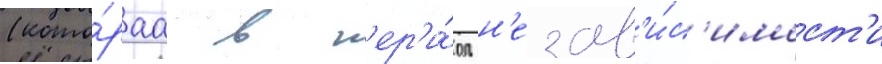
(кото́раа в п'ер'и́од н'езав'и́с'имост'и